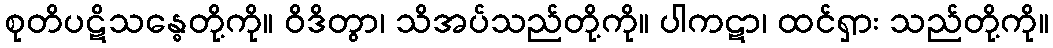
စုတိပဋိသန္ဓေတို့ကို။ ဝိဒိတွာ၊ သိအပ်သည်တို့ကို။ ပါကဋာ၊ ထင်ရှား သည်တို့ကို။